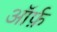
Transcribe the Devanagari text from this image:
ऑर्फ़